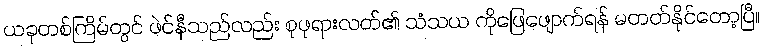
ယခုတစ်ကြိမ်တွင် ဖဲင်နီသည်လည်း စုဖုရားလတ်၏ သံသယ ကိုဖြေဖျောက်ရန် မတတ်နိုင်တော့ပြီ။